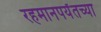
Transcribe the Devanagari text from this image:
रहमानपर्यंतच्या